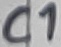
Text: C1